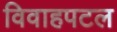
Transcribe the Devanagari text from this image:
विवाहपटल